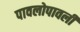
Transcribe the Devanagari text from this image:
पावलोपावली